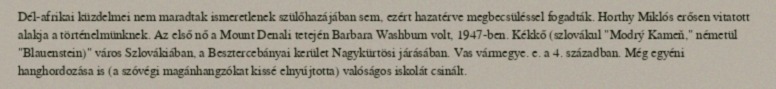
Dél-afrikai küzdelmei nem maradtak ismeretlenek szülőhazájában sem, ezért hazatérve megbecsüléssel fogadták. Horthy Miklós erősen vitatott alakja a történelmünknek. Az első nő a Mount Denali tetején Barbara Washburn volt, 1947-ben. Kékkő (szlovákul "Modrý Kameň," németül "Blauenstein)" város Szlovákiában, a Besztercebányai kerület Nagykürtösi járásában. Vas vármegye. e. a 4. században. Még egyéni hanghordozása is (a szóvégi magánhangzókat kissé elnyújtotta) valóságos iskolát csinált.